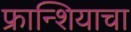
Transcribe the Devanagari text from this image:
फ्रान्शियाचा